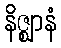
နိဇ္ဈာနံ